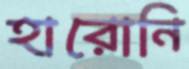
হারোনি